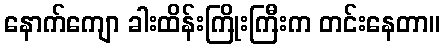
နောက်ကျော ခါးထိန်းကြိုးကြီးက တင်းနေတာ။